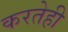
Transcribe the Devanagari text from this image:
करतेही